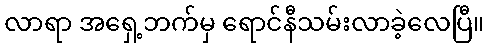
လာရာ အရှေ့ဘက်မှ ရောင်နီသမ်းလာခဲ့လေပြီ။